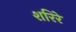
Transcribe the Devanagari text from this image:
शरिरे